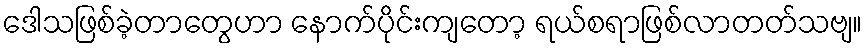
ဒေါသဖြစ်ခဲ့တာတွေဟာ နောက်ပိုင်းကျတော့ ရယ်စရာဖြစ်လာတတ်သဗျ။